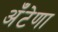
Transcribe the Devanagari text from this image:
अँटेणा